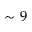
\sim 9